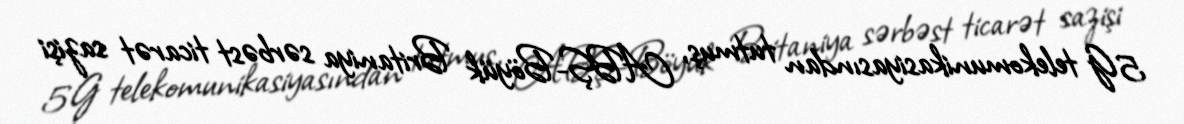
5G telekomunikasiyasından tutmuş, ABŞ-Böyük Britaniya sərbəst ticarət sazişi